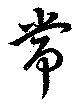
常